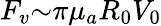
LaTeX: F_{v}{\sim}{\pi}{\mu}_{a}R_{0}V_{0}